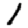
Digit: 1